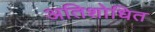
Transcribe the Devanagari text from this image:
अतिशोधित